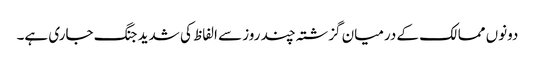
دونوں ممالک کے درمیان گزشتہ چند روز سے الفاظ کی شدید جنگ جاری ہے۔